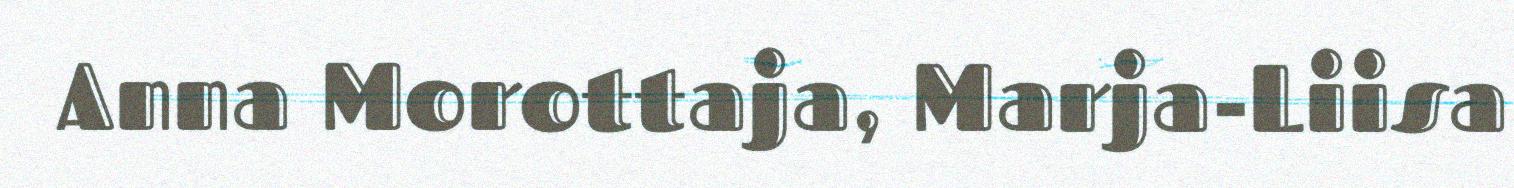
Anna Morottaja, Marja-Liisa